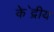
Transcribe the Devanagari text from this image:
के॓द्रीय